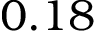
0 . 1 8